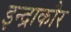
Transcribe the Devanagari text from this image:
इन्द्राकौर